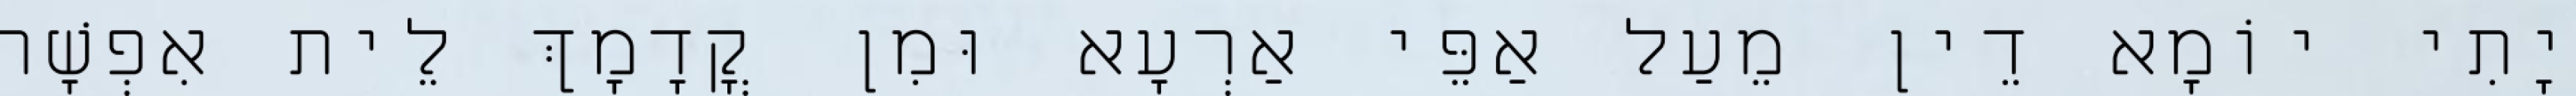
יָתִי יוֹמָא דֵין מֵעַל אַפֵּי אַרְעָא וּמִן קֳדָמָךְ לֵית אִפְשָׁר